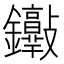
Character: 𨰮